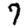
Digit: 7